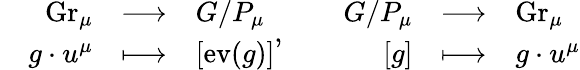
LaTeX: \begin{array}{lrcl}&{\mathrm{Gr}_{\mu}}&{\longrightarrow}&{G/P_{\mu}}\\ &{g\cdot u^{\mu}}&{\longmapsto}&{[\mathrm{ev}(g)]}\end{array},\ \ \ \ \begin{array}{lrcl}&{G/P_{\mu}}&{\longrightarrow}&{\mathrm{Gr}_{\mu}}\\ &{[g]}&{\longmapsto}&{g\cdot u^{\mu}}\end{array}